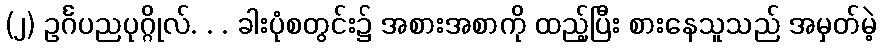
(၂) ဥင်္ဂပညပုဂ္ဂိုလ်. . . ခါးပုံစတွင်း၌ အစားအစာကို ထည့်ပြီး စားနေသူသည် အမှတ်မဲ့